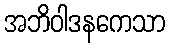
အဘိဝါဒနကေသာ